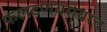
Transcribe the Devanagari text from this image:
फलटणबरोबरच